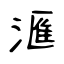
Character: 滙